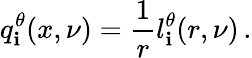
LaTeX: q_{\mathbf{i}}^{\theta}(x,\nu)=\frac{{1}}{{r}}l_{\mathbf{i}}^{\theta}(r,\nu)\, .